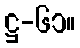
ဋ္ဌ-၆၁။